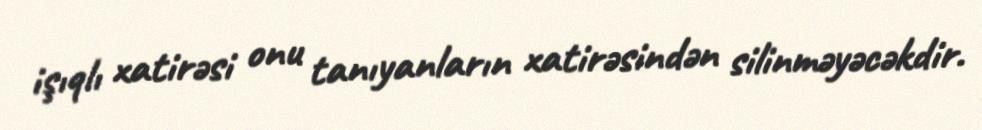
işıqlı xatirəsi onu tanıyanların xatirəsindən silinməyəcəkdir.